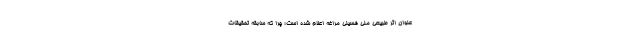
عنوان اثر طبیعی ملی فسیلی مراغه اعلام شده است؛ چرا که سابقه تحقیقات